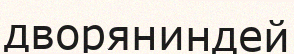
дворяниндей